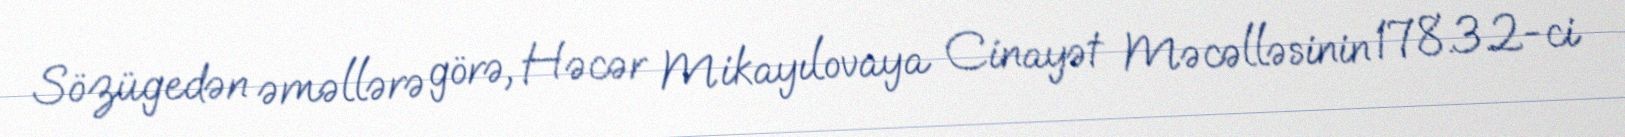
Sözügedən əməllərə görə, Həcər Mikayılovaya Cinayət Məcəlləsinin 178.3.2-ci